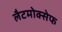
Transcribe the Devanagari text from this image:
लैटमोक्सेफ